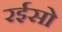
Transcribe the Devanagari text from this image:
रईसो